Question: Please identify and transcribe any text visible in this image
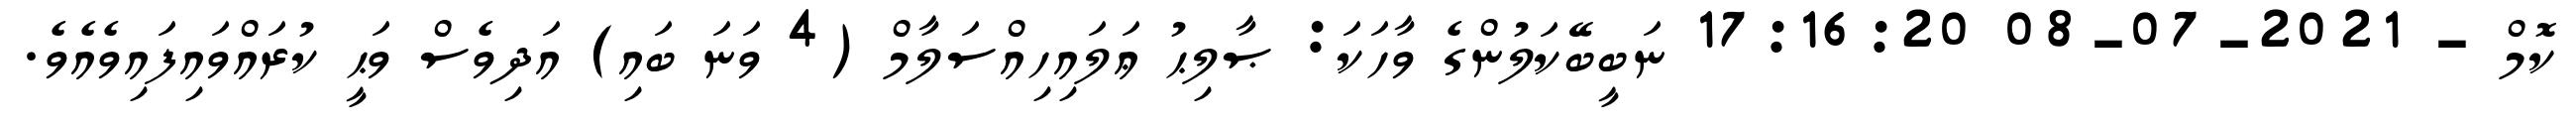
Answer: ކޮމް - 2021-07-08 17:16:20 ނަބީބޭކަލުންގެ ވާހަކަ: ޞާލިޙު ޢަލައިހިއްސަލާމް (4 ވަނަ ބައި) އަދިވެސް ވަޙީ ކުރައްވައިފައިވެއެވެ.